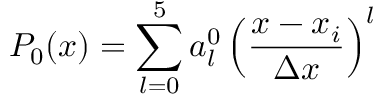
P _ { 0 } ( x ) = \sum _ { l = 0 } ^ { 5 } a _ { l } ^ { 0 } \left( \frac { x - x _ { i } } { \Delta x } \right) ^ { l }